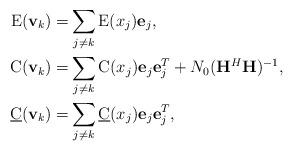
LaTeX: \begin{align*}\text E({\bf v}_k) =&\sum_{j\neq k} \text E (x_j) {\bf e}_j, \\{\text C}({\bf v}_k) =&\sum_{j\neq k}{\text C}(x_j){\bf e}_j{\bf e}_j^T + N_0({\bf H}^H{\bf H})^{-1}, \\{\underline{\text C}}({\bf v}_k) =&\sum_{j\neq k} {\underline {\text C}}(x_j){\bf e}_j{\bf e}_j^T, \end{align*}